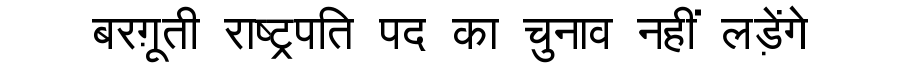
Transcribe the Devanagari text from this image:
बरग़ूती राष्ट्रपति पद का चुनाव नहीं लड़ेंगे